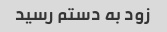
زود به دستم رسید